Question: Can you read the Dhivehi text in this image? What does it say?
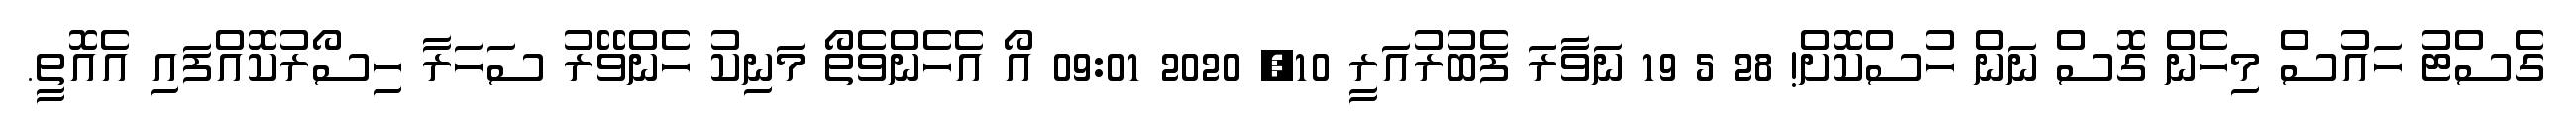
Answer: ގެސްޓު ހައުސް މިހެން ގޮސް ނަން ހުސްކޮށް! 28 5 19 ނަވާރަ ފެބުރުއަރީ 10, 2020 09:01 އޯ އެހެންވެތޯ މަނިކު ހެންވޭރު ސަހަރާ ހިސޯރުކޮއްފައި އެއޮތީ.